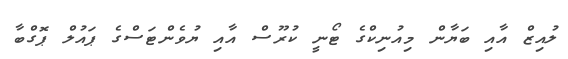
ލުއިޒް އާއި ބަޔާން މިއުނިކްގެ ޓޯނީ ކުރޫސް އާއި ޔުވެންޓަސްގެ ޕައުލް ޕޮގްބާ